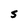
Character: S